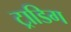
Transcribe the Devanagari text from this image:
ट्राडिग